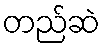
တည်ဆဲ